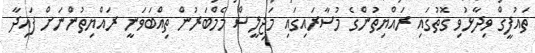
ތައުފީގް ވިދާޅުވި ގޮތުގައި ރައްޔިތުންގެ މުސާރައިގައި މަޖިލީސް މެމްބަރުން ތިއްބަވަނީ ރައްޔިތުންނަށް ފައިދާ